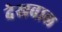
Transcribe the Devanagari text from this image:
देखवाल